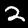
Label: 2